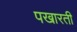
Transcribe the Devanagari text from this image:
पखारती